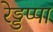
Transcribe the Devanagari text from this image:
रेड्डप्पा